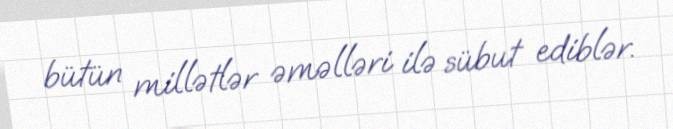
bütün millətlər əməlləri ilə sübut ediblər.